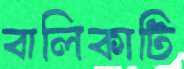
বালিকাটি